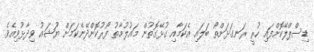
ޑިސްޕްލޭކޮށްފައި ހުރީ ރަނގަޅަށްތޯ ބަލައި އެކަމާއި ގުޅޭގޮތުން މައުލުމާތު ފޯރުކޮށްދޭނެކަމަށް ޔޫޝައު ވިދާޅުވިއެވެ.